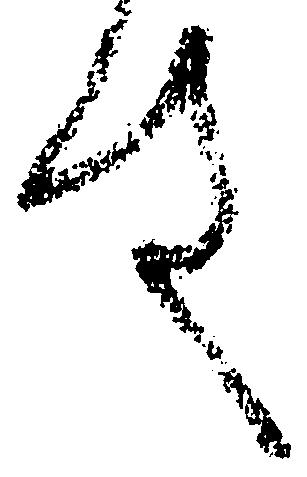
件